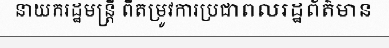
នាយករដ្ឋមន្ត្រី ពីតម្រូវការប្រជាពលរដ្ឋព័ត៌មាន